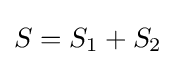
S=S_{1}+S_{2}